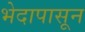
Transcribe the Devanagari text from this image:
भेदापासून